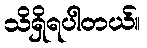
သိရှိရပါတယ်။